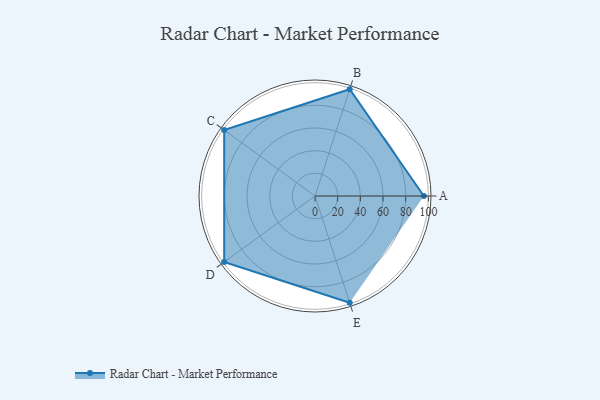
{"axis": {"x": "Skill", "y": "Score"}, "legend": ["Profile"], "data": [{"x": "A", "y": 96.0, "type": "Profile"}, {"x": "B", "y": 99, "type": "Profile"}, {"x": "C", "y": 99, "type": "Profile"}, {"x": "D", "y": 99, "type": "Profile"}, {"x": "E", "y": 99, "type": "Profile"}]}